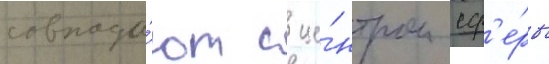
совпада́ют с це́нтром сф'е́ры